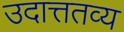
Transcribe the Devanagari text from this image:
उदात्ततव्य